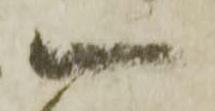
一